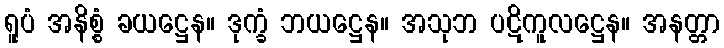
ရူပံ အနိစ္စံ ခယဋ္ဌေန။ ဒုက္ခံ ဘယဋ္ဌေန။ အသုဘ ပဋိကူလဋ္ဌေန။ အနတ္တာ